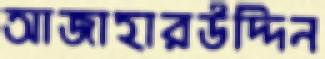
আজাহারউদ্দিন